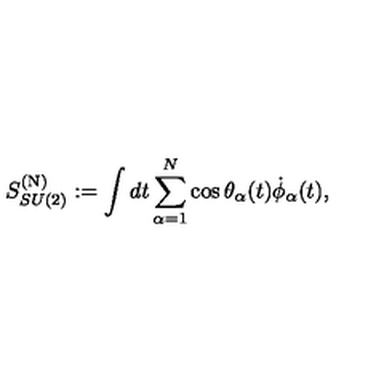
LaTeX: S _ { S U ( 2 ) } ^ { ( \mathrm { N } ) } : = \int d t \sum _ { \alpha = 1 } ^ { N } \cos \theta _ { \alpha } ( t ) \dot { \phi } _ { \alpha } ( t ) ,